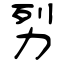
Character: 劽